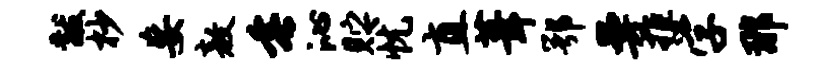
黻杪妄敖垂沁贮忧直葺鄂曼拒学那